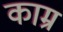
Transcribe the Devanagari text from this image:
काम्र